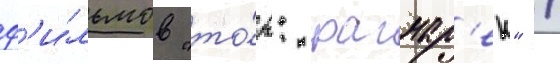
ф'и́льмов "то́р: рагнар'ек" /